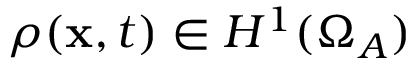
\rho ( \mathbf { x } , t ) \in H ^ { 1 } ( \Omega _ { A } )